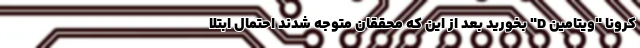
کرونا "ویتامین D" بخورید بعد از این که محققان متوجه شدند احتمال ابتلا